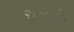
રાઝનો